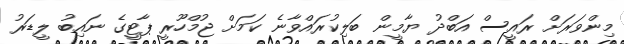
މިންވަރަށް ރައީސް އަބްދު ޔާމީން ބަލިކުރައްވާނެ ކަމަށް ޖުމްހޫރީ ޕާޓީގެ ނައިބު ލީޑަރު